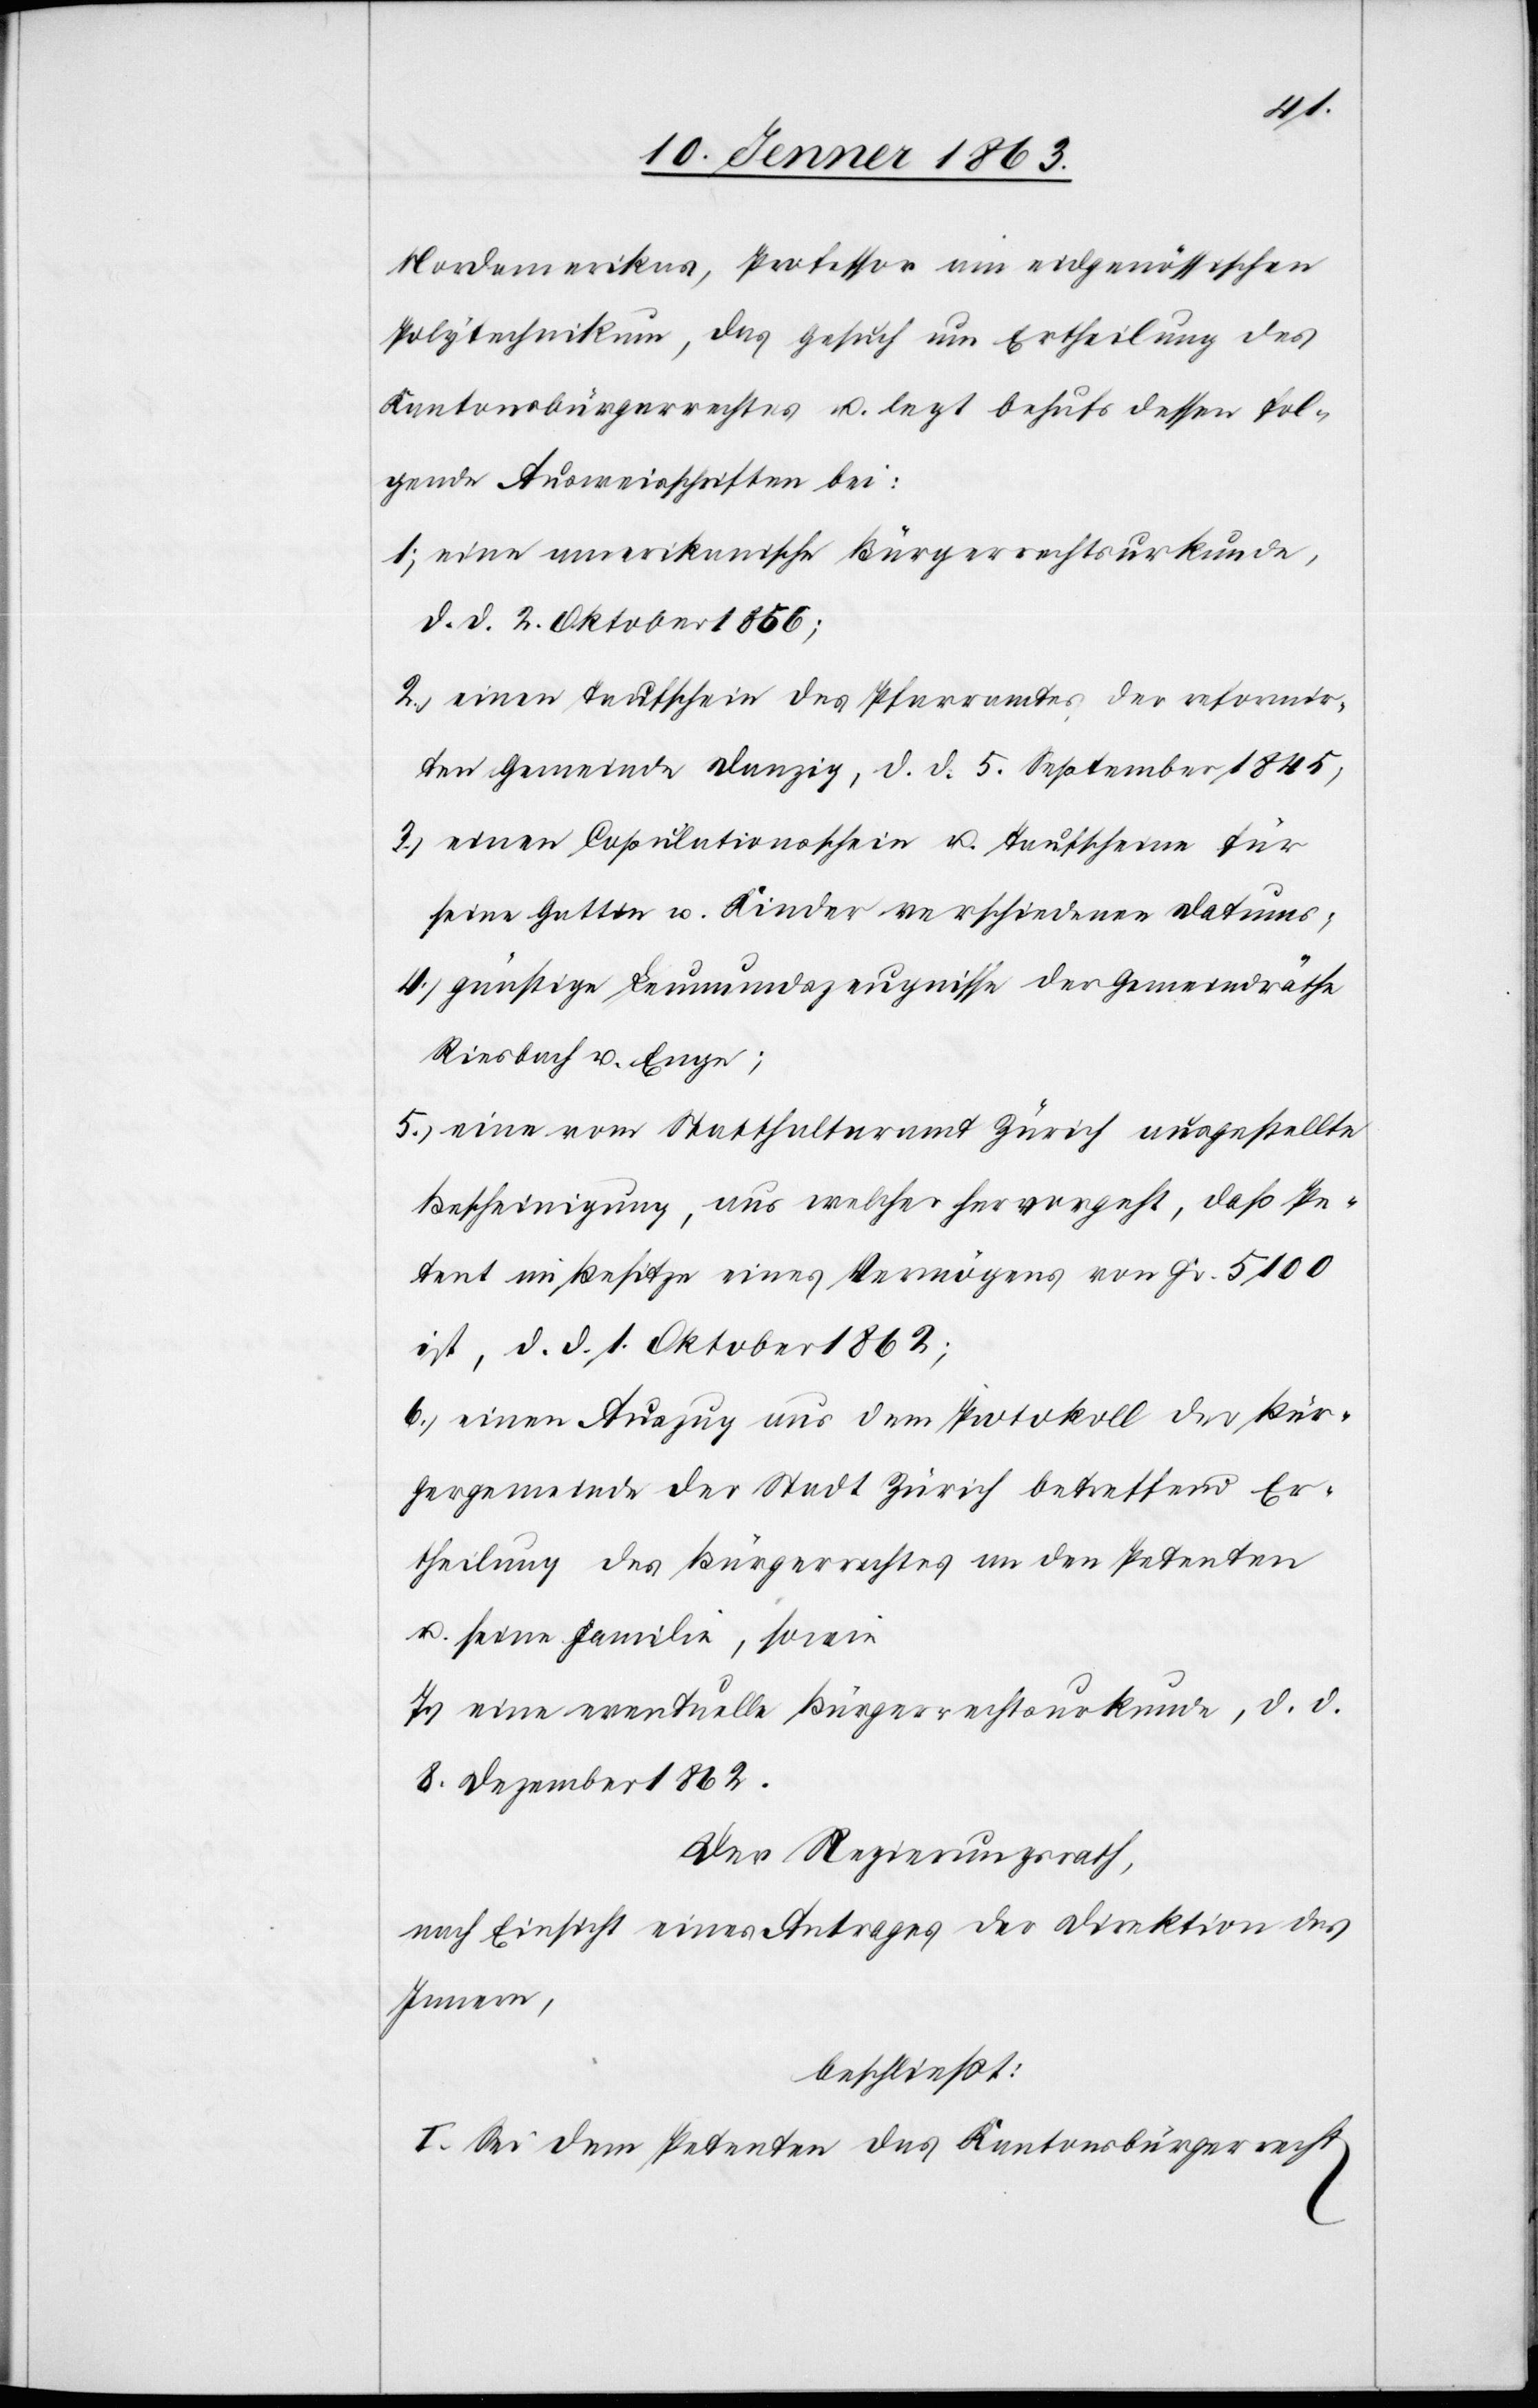
Nordamerikas, Professor am eidgenössischen
Polytechnikum, das Gesuch um Ertheilung des
Kantonsbürgerrechtes u. legt behufs dessen fol¬
gende Ausweisschriften bei:
1.) eine amerikanische Bürgerrechtsurkunde,
d. d. 2. Oktober 1856;
2.) einen Taufschein des Pfarramtes der reformir¬
ten Gemeinde Danzig, d. d. 5. September 1845;
3.) einen Copulationsschein u. Taufscheine für
seine Gattin u. Kinder verschiedenen Datums;
4.) günstige Leumundszeugnisse der Gemeindräthe
Riesbach u. Enge;
5.) eine vom Statthalteramt Zürich ausgestellte
Bescheinigung, aus welcher hervorgeht, daß Pe¬
tent im Besitze eines Vermögens von Fr. 5100
ist, d. d. 1. Oktober 1862;
6.) einen Auszug aus dem Protokoll der Bür¬
gergemeinde der Stadt Zürich betreffend Er¬
theilung des Bürgerrechtes an den Petenten
u. seine Familie, sowie
7.) eine eventuelle Bürgerrechtsurkunde, d. d.
8. Dezember 1862.
Der Regierungsrath,
nach Einsicht eines Antrages der Direktion des
Innern,
beschließt:
I. Sei dem Petenten das Kantonsbürgerrecht